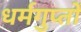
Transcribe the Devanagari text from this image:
धर्मगुप्तों